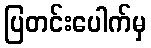
ပြတင်းပေါက်မှ